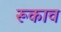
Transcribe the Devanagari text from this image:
रूकाव